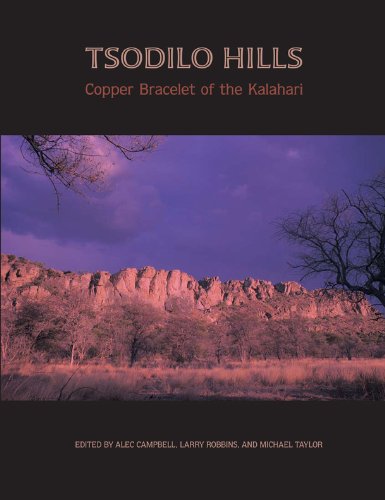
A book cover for Tsodilo Hills: Copper Bracelet of the Kalahari; Travel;